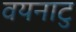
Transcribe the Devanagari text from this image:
वयनाटु